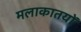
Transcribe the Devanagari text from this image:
मलाकातयों